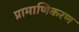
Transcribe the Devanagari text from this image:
प्रामाणिकरण